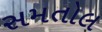
સમતોલ